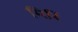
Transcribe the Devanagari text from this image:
मिरिं